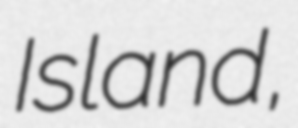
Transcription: Island,